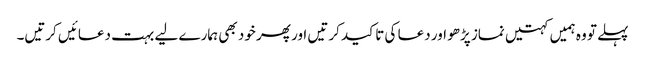
پہلے تو وہ ہمیں کہتیں نماز پڑھو اور دعا کی تاکید کرتیں اور پھر خود بھی ہمارے لیے بہت دعائیں کرتیں۔